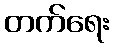
တက်ရေး